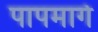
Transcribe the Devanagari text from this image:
पापमार्ग